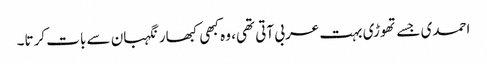
احمدی جسے تھوڑی بہت عربی آتی تھی، وہ کبھی کبھار نگہبان سے بات کرتا۔